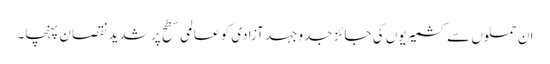
ان حملوں سے کشمیریوں کی جائز جدوجہد آزادی کو عالمی سطح پر شدید نقصان پہنچا۔